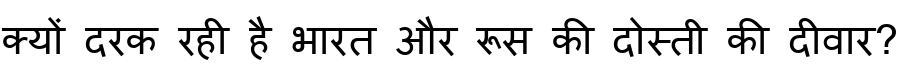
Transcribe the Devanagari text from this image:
क्यों दरक रही है भारत और रूस की दोस्ती की दीवार?